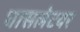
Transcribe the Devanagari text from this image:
घासलेटवर